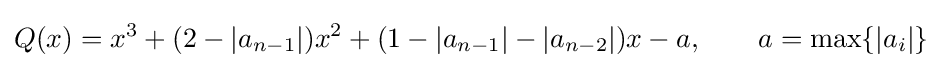
Q(x)=x^{3}+(2-|a_{n-1}|)x^{2}+(1-|a_{n-1}|-|a_{n-2}|)x-a,\qquad a=\max\{|a_{i}|\}